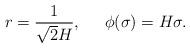
LaTeX: \begin{align*}r=\frac{1}{\sqrt{2}H},\;\;\;\;\;\phi(\sigma)=H\sigma.\end{align*}